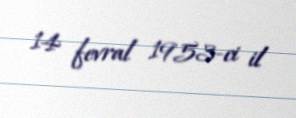
14 fevral 1953-ci il